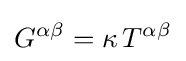
G^{\alpha \beta }=\kappa \,T^{\alpha \beta }